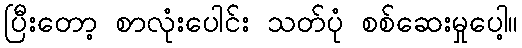
ပြီးတော့ စာလုံးပေါင်း သတ်ပုံ စစ်ဆေးမှုပေါ့။